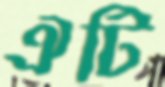
ঐটি